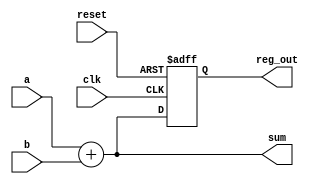
module example_logic (
    input wire clk,          // Clock input
    input wire reset,        // Reset input
    input wire [3:0] a,      // 4-bit input
    input wire [3:0] b,      // 4-bit input
    output reg [3:0] sum,     // 4-bit output for the sum
    output reg [3:0] reg_out  // 4-bit output register
);

// Combinational Logic
always @* begin
    // Calculate the sum of inputs a and b
    sum = a + b;
end

// Sequential Logic
always @(posedge clk or posedge reset) begin
    if (reset) begin
        // Reset the register output to 0 on reset
        reg_out <= 4'b0000;
    end else begin
        // Update the register output with the sum on clock edge
        reg_out <= sum;
    end
end

endmodule